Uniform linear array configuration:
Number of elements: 8
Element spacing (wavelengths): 0.25
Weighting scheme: hann
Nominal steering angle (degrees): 30
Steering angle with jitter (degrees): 29.824
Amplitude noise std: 0.05
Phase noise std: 0.05

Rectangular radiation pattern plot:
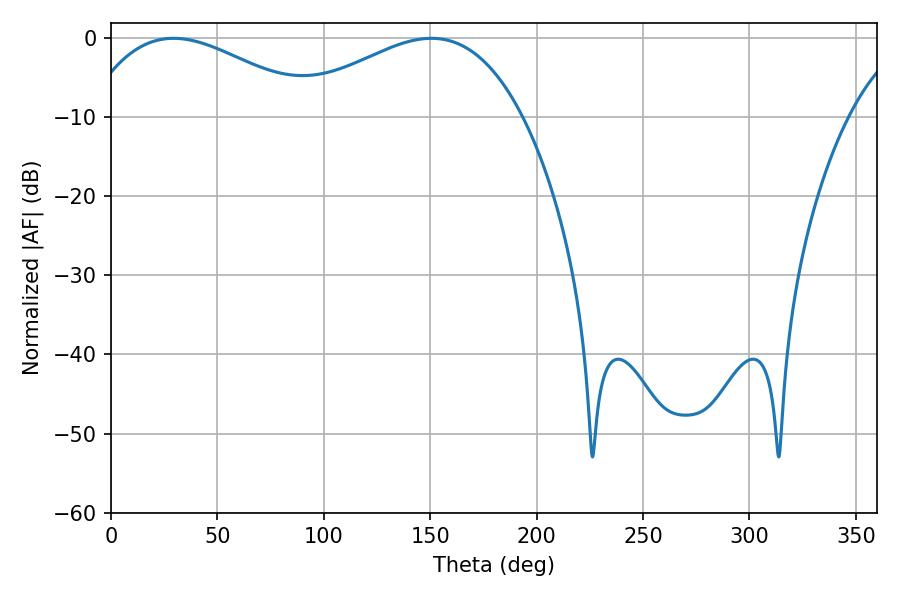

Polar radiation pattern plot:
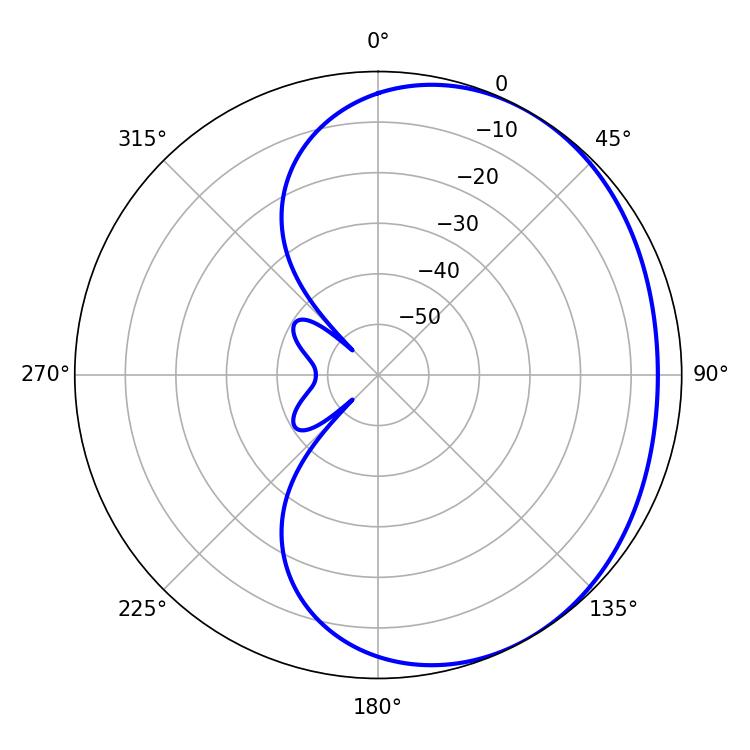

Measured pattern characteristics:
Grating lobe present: FALSE
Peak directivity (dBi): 2.187
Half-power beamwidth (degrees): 59.94
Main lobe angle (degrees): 29.34